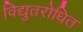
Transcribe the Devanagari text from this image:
विद्युतरोधित